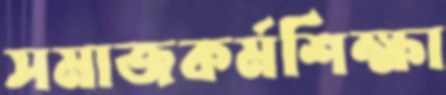
সমাজকর্মশিক্ষা